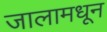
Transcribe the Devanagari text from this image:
जालामधून